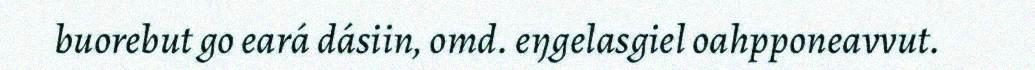
buorebut go eará dásiin, omd. eŋgelasgiel oahpponeavvut.